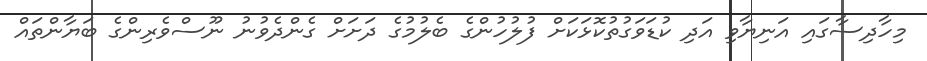
މިހާދިސާގައި އަނިޔާވި އަދި ކުޑަވަގުތުކޮޅަކަށް ފުލުހުންގެ ބެލުމުގެ ދަށަށް ގެންދެވުނު ނޫސްވެރިންގެ ބަޔާންތައް